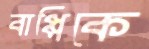
বাপ্পিকে